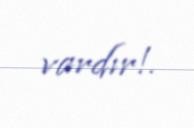
vardır!.